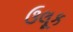
ઉલૂક